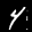
Label: 4